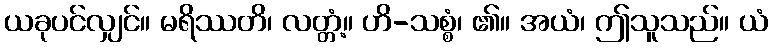
ယခုပင်လျှင်။ မရိဿတိ၊ လတ္တံ့။ ဟိ-သစ္စံ၊ ၏။ အယံ၊ ဤသူသည်။ ယံ